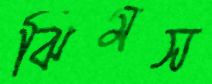
ঝিমস